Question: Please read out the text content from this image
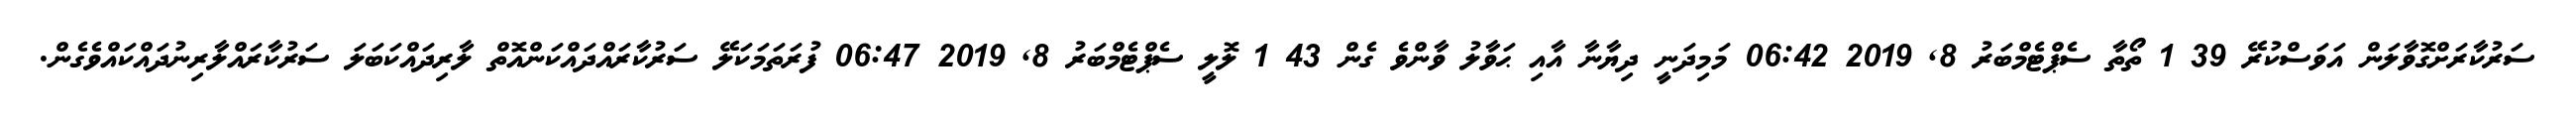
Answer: ސަރުކާރަށްގޮވާލަން އަވަސްކުރޭ 39 1 ތޯތާ ސެޕްޓެމްބަރު 8, 2019 06:42 މަމިދަނީ ދިޔާނާ އާއި ޙަވާލު ވާންވެ ގެން 43 1 ލޮލީ ސެޕްޓެމްބަރު 8, 2019 06:47 ފުރަތަމަކަލޭ ސަރުކާރައްދައްކަންއޮތް ލާރިދައްކަބަލަ ސަރުކާރައްލާރިނުދައްކައްވެގެން.